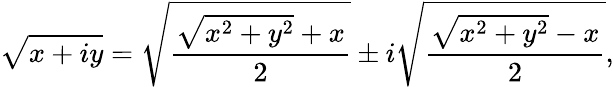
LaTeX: {\sqrt{x+iy}}={\sqrt{\frac{{\sqrt{x^{2}+y^{2}}}+x}{2}}}\pm i{\sqrt{\frac{{\sqrt{x^{2}+y^{2}}}-x}{2}}},